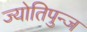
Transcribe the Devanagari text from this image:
ज्योतिपुन्ज